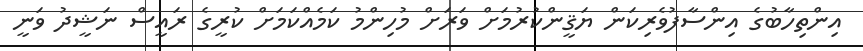
އިންތިހާބުގެ އިންސާފުވެރިކަން ޔަޤީންކުރުމަށް ވަރަށް މުހިންމު ކަމެއްކަމަށް ކުރީގެ ރައީސް ނަޝީދު ވަނީ